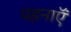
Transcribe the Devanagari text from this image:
पहनाऍं